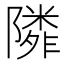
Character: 𨼺